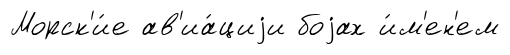
Морск'и́е ав'иа́циjи боjах и́м'ен'ем